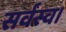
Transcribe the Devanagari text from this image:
सर्वस्व।